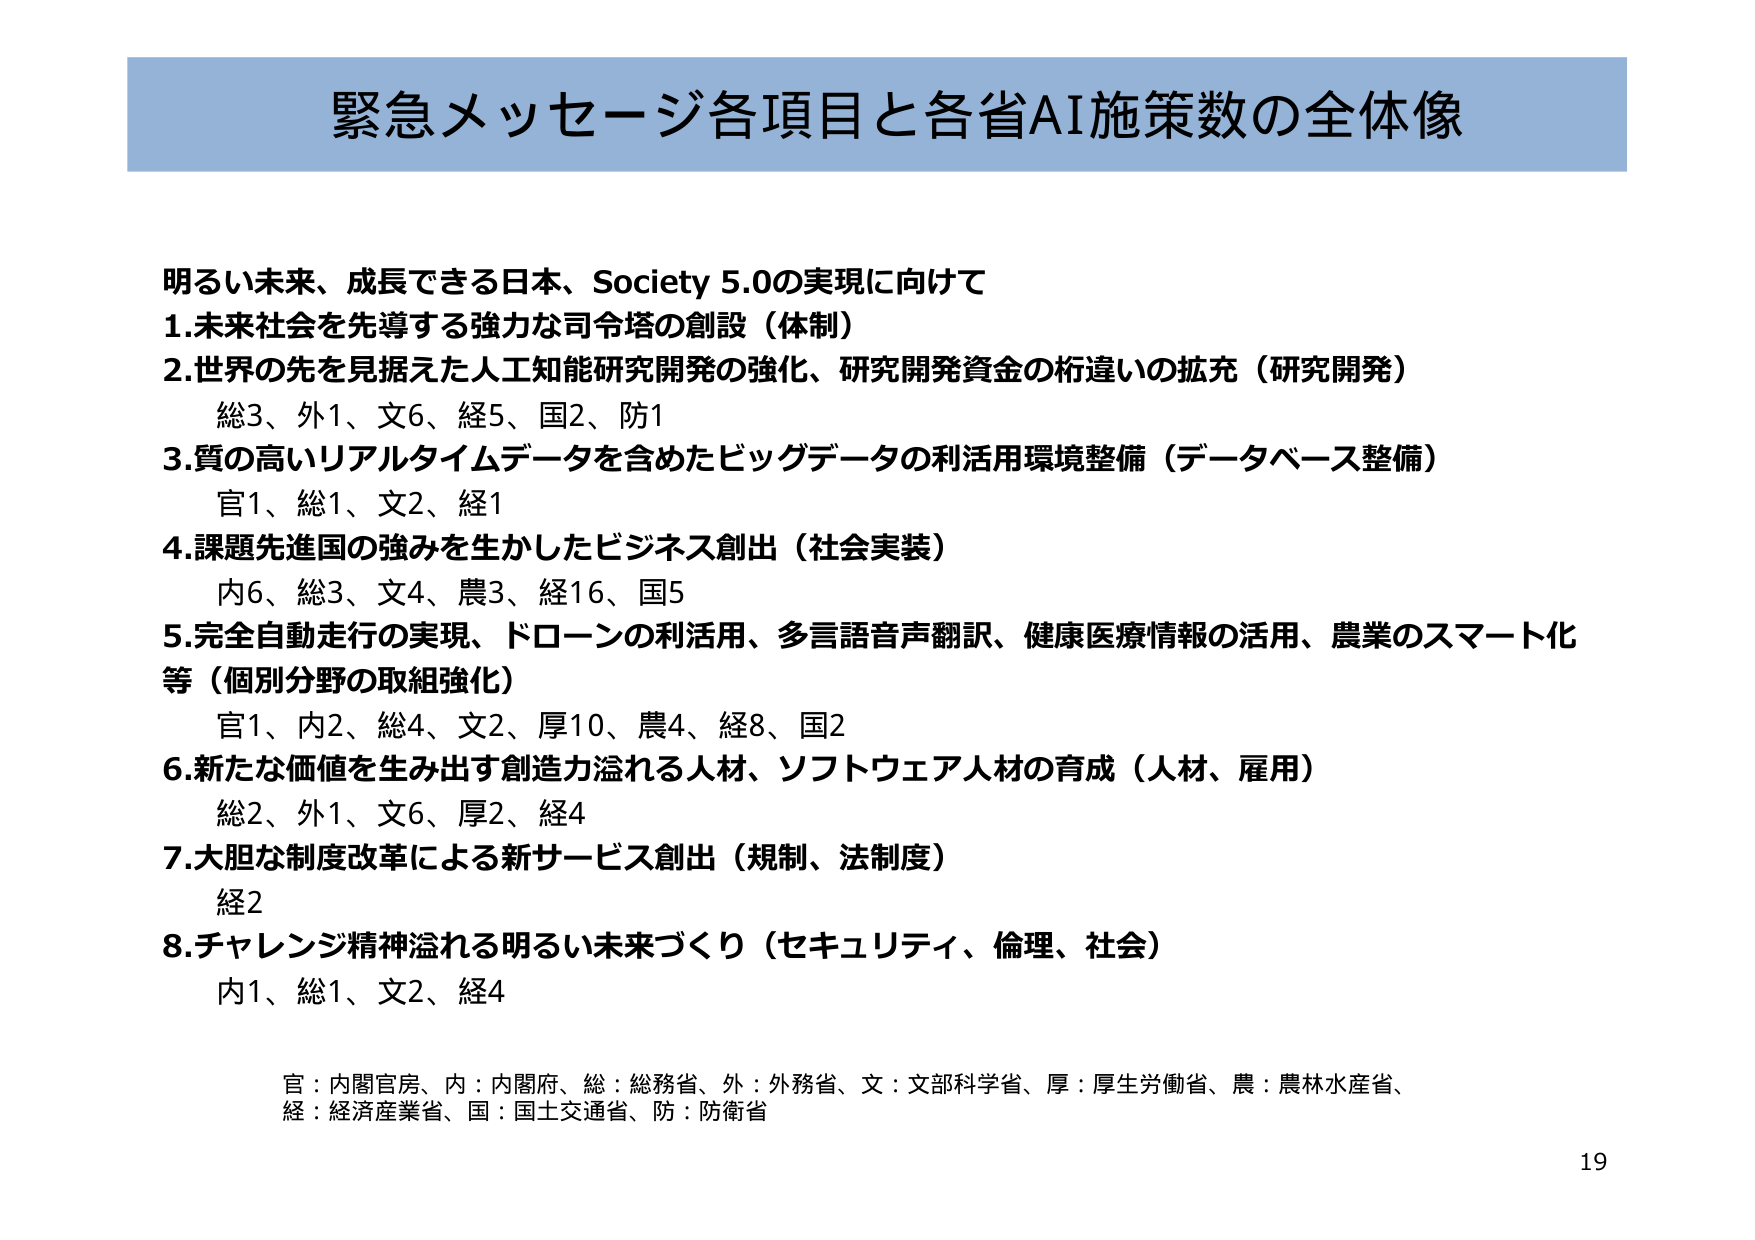
緊急メッセージ各項目と各省AI施策数の全体像

明るい未来、成長できる日本、Society 5.0の実現に向けて
1.未来社会を先導する強力な司令塔の創設（体制）
2.世界の先を見据えた人工知能研究開発の強化、研究開発資金の桁違いの拡充（研究開発）
　総3、外1、文6、経5、国2、防1
3.質の高いリアルタイムデータを含めたビッグデータの利活用環境整備（データベース整備）
　官1、総1、文2、経1
4.課題先進国の強みを生かしたビジネス創出（社会実装）
　内6、総3、文4、農3、経16、国5
5.完全自動走行の実現、ドローンの利活用、多言語音声翻訳、健康医療情報の活用、農業のスマート化
　等（個別分野の取組強化）
　官1、内2、総4、文2、厚10、農4、経8、国2
6.新たな価値を生み出す創造力溢れる人材、ソフトウェア人材の育成（人材、雇用）
　総2、外1、文6、厚2、経4
7.大胆な制度改革による新サービス創出（規制、法制度）
　経2
8.チャレンジ精神溢れる明るい未来づくり（セキュリティ、倫理、社会）
　内1、総1、文2、経4

官：内閣官房、内：内閣府、総：総務省、外：外務省、文：文部科学省、厚：厚生労働省、農：農林水産省、
経：経済産業省、国：国土交通省、防：防衛省

19